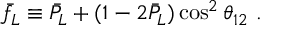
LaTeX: \bar { f } _ { L } \equiv \bar { P } _ { L } + ( 1 - 2 \bar { P } _ { L } ) \cos ^ { 2 } \theta _ { 1 2 } ~ .